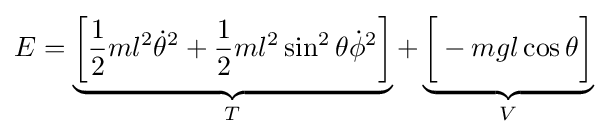
E=\underbrace {\left[{\frac {1}{2}}ml^{2}{\dot {\theta }}^{2}+{\frac {1}{2}}ml^{2}\sin ^{2}\theta {\dot {\phi }}^{2}\right]} _{T}+\underbrace {{\bigg [}-mgl\cos \theta {\bigg ]}} _{V}